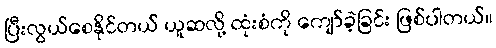
ပြီးလွယ်စေနိုင်တယ် ယူဆလို့ ထုံးစံကို ကျော်ခဲ့ခြင်း ဖြစ်ပါတယ်။